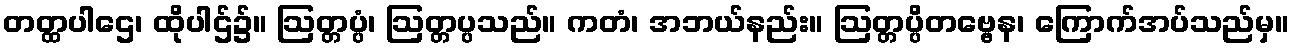
တတ္ထပါဌေ၊ ထိုပါဌ်၌။ ဩတ္တပ္ပံ၊ ဩတ္တပ္ပသည်။ ကတံ၊ အဘယ်နည်း။ ဩတ္တပ္ပိတဗ္ဗေန၊ ကြောက်အပ်သည်မှ။